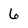
Character: 6